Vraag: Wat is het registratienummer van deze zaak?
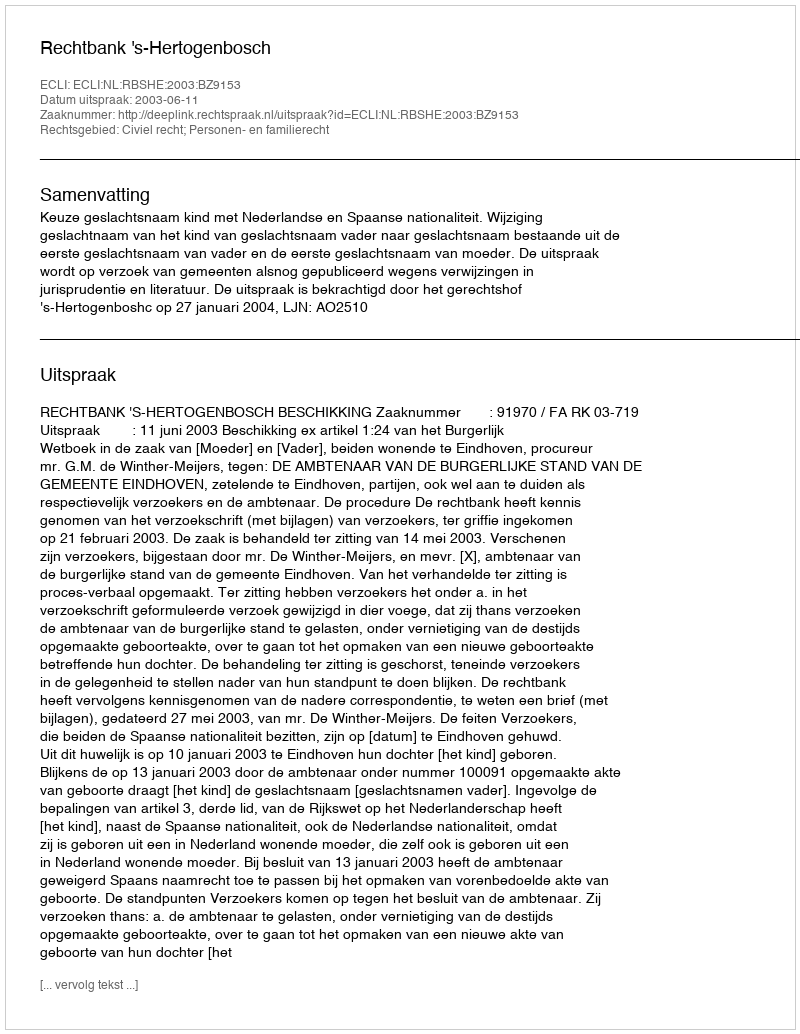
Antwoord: http://deeplink.rechtspraak.nl/uitspraak?id=ECLI:NL:RBSHE:2003:BZ9153